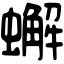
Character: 蠏